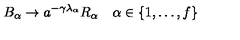
B _ { \alpha } \to a ^ { - \gamma \lambda _ { \alpha } } R _ { \alpha } \quad \alpha \in \{ 1 , \ldots , f \}